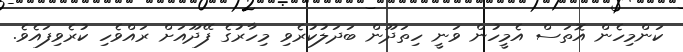
ކަންމިހެން އޮތަސް އެމީހުން ވަނީ ހިތަދޫން ބަދަލުކުރެވި މިހާރުގެ ފޭދޫއަށް ރައްވެހި ކުރެވިފައެވެ.